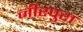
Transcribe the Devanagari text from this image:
नीरपुरा